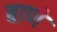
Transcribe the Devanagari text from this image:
बाणे